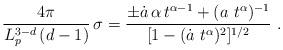
LaTeX: \begin{align*}\frac{4\pi}{L_p^{3-d}\,(d-1)} \, \sigma = \frac{\pm \dot{a}\, \alpha \,t^{\alpha-1} + (a\,\,t^\alpha)^{-1}}{[1- (\dot{a}\,\, t^{\alpha})^2]^{1/2}}\,\,.\end{align*}